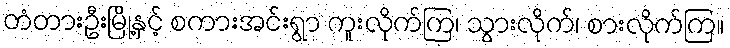
တံတားဦးမြို့နှင့် စကားအင်းရွာ ကူးလိုက်ကြ၊ သွားလိုက်၊ စားလိုက်ကြ။